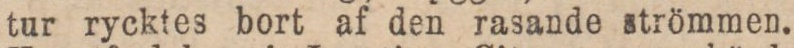
tur rycktes bort af den rasande strömmen.